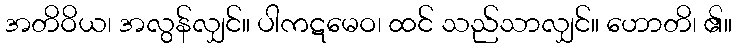
အတိဝိယ၊ အလွန်လျှင်။ ပါကဋမေဝ၊ ထင် သည်သာလျှင်။ ဟောတိ၊ ၏။